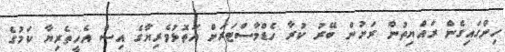
ހިންގައިގެން ރައްޔިތުން ރަށުން ބޭރު ކުރާ ހެޑްމާސްޓަރަށް އަތޮޅުވެރިޔާގެ އިސް އެހީތެރިޔާ ކަމުގެ